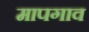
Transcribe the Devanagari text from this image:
मापगाव